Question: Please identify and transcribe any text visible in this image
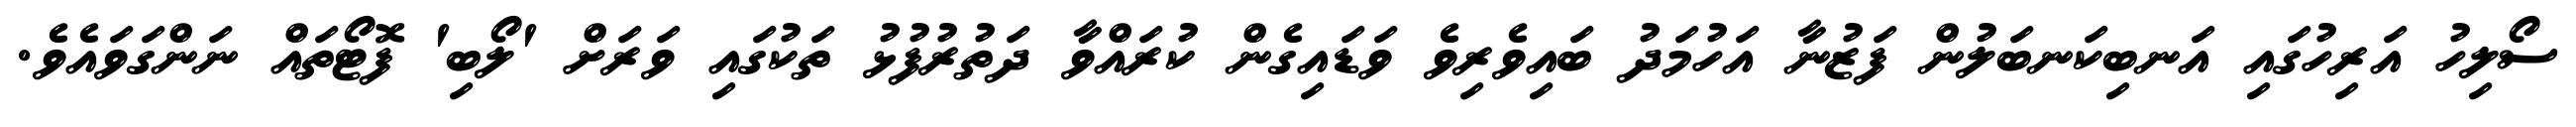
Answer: ސޯލިހު އަރިހުގައި އަނބިކަނބަލުން ފަޒުނާ އަހުމަދު ބައިވެރިވެ ވަޑައިގެން ކުރައްވާ ދަތުރުފުޅު ތަކުގައި ވަރަށް 'ލޯބި' ފޮޓޯތައް ނަންގަވައެވެ.